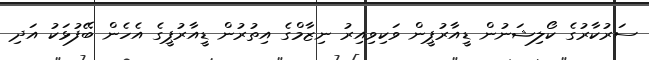
ސަރުކާރުގެ ކޯލިޝަނުން ޑީއާރުޕީން ވަކިވިއިރު ނިޒާމްގެ އިތުރުން ޑީއާރުޕީގެ އެހެން ބޭފުޅަކު އަދި